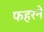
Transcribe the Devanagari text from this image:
फहरने